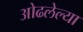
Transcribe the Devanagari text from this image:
ओढलेल्या